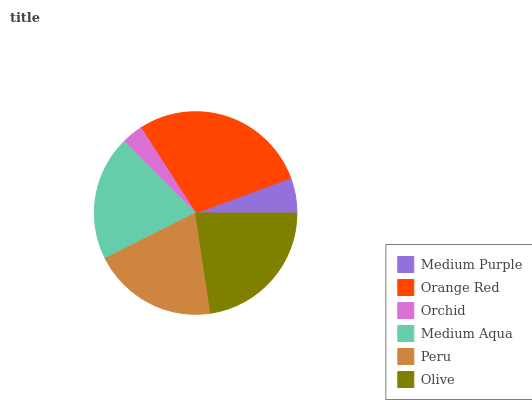
| Medium Purple | Orange Red | Orchid | Medium Aqua | Peru | Olive |
 | --- | --- | --- | --- | --- | --- |
 | 5.61% | 28.5% | 3.38% | 19.9% | 19.9% | 22.6% |